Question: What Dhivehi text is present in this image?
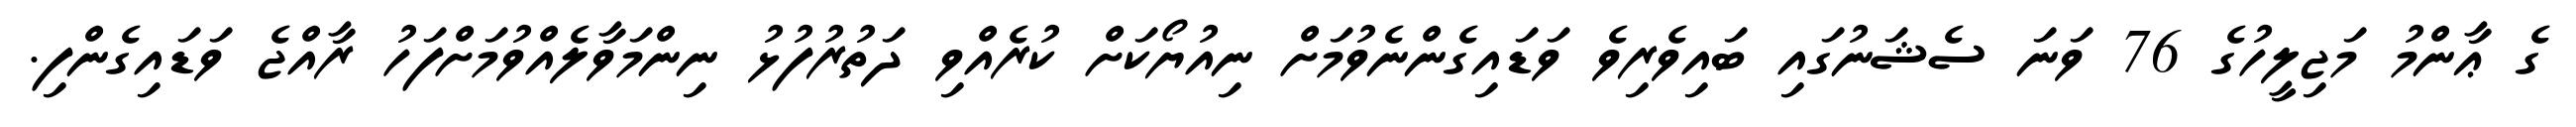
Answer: ގެ ޢާންމު މަޖިލީހުގެ 76 ވަނަ ސެޝަނުގައި ބައިވެރިވެ ވަޑައިގެންނެވުމަށް ނިއުޔޯކަށް ކުރެއްވި ދަތުރުފުޅު ނިންމަވާލެއްވުމަށްފަހު ރާއްޖެ ވަޑައިގެންފި.